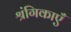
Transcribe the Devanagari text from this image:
श्रंगिकाएँ